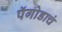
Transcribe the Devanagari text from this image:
पॅगोडाचं